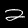
Digit: 2